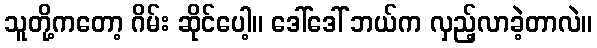
သူတို့ကတော့ ဂိမ်း ဆိုင်ပေါ့။ ဒေါ်ဒေါ် ဘယ်က လှည့်လာခဲ့တာလဲ။